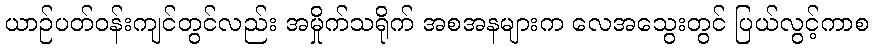
ယာဉ်ပတ်ဝန်းကျင်တွင်လည်း အမှိုက်သရိုက် အစအနများက လေအသွေးတွင် ပြယ်လွင့်ကာစ